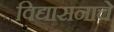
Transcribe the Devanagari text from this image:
विद्यासनाचे